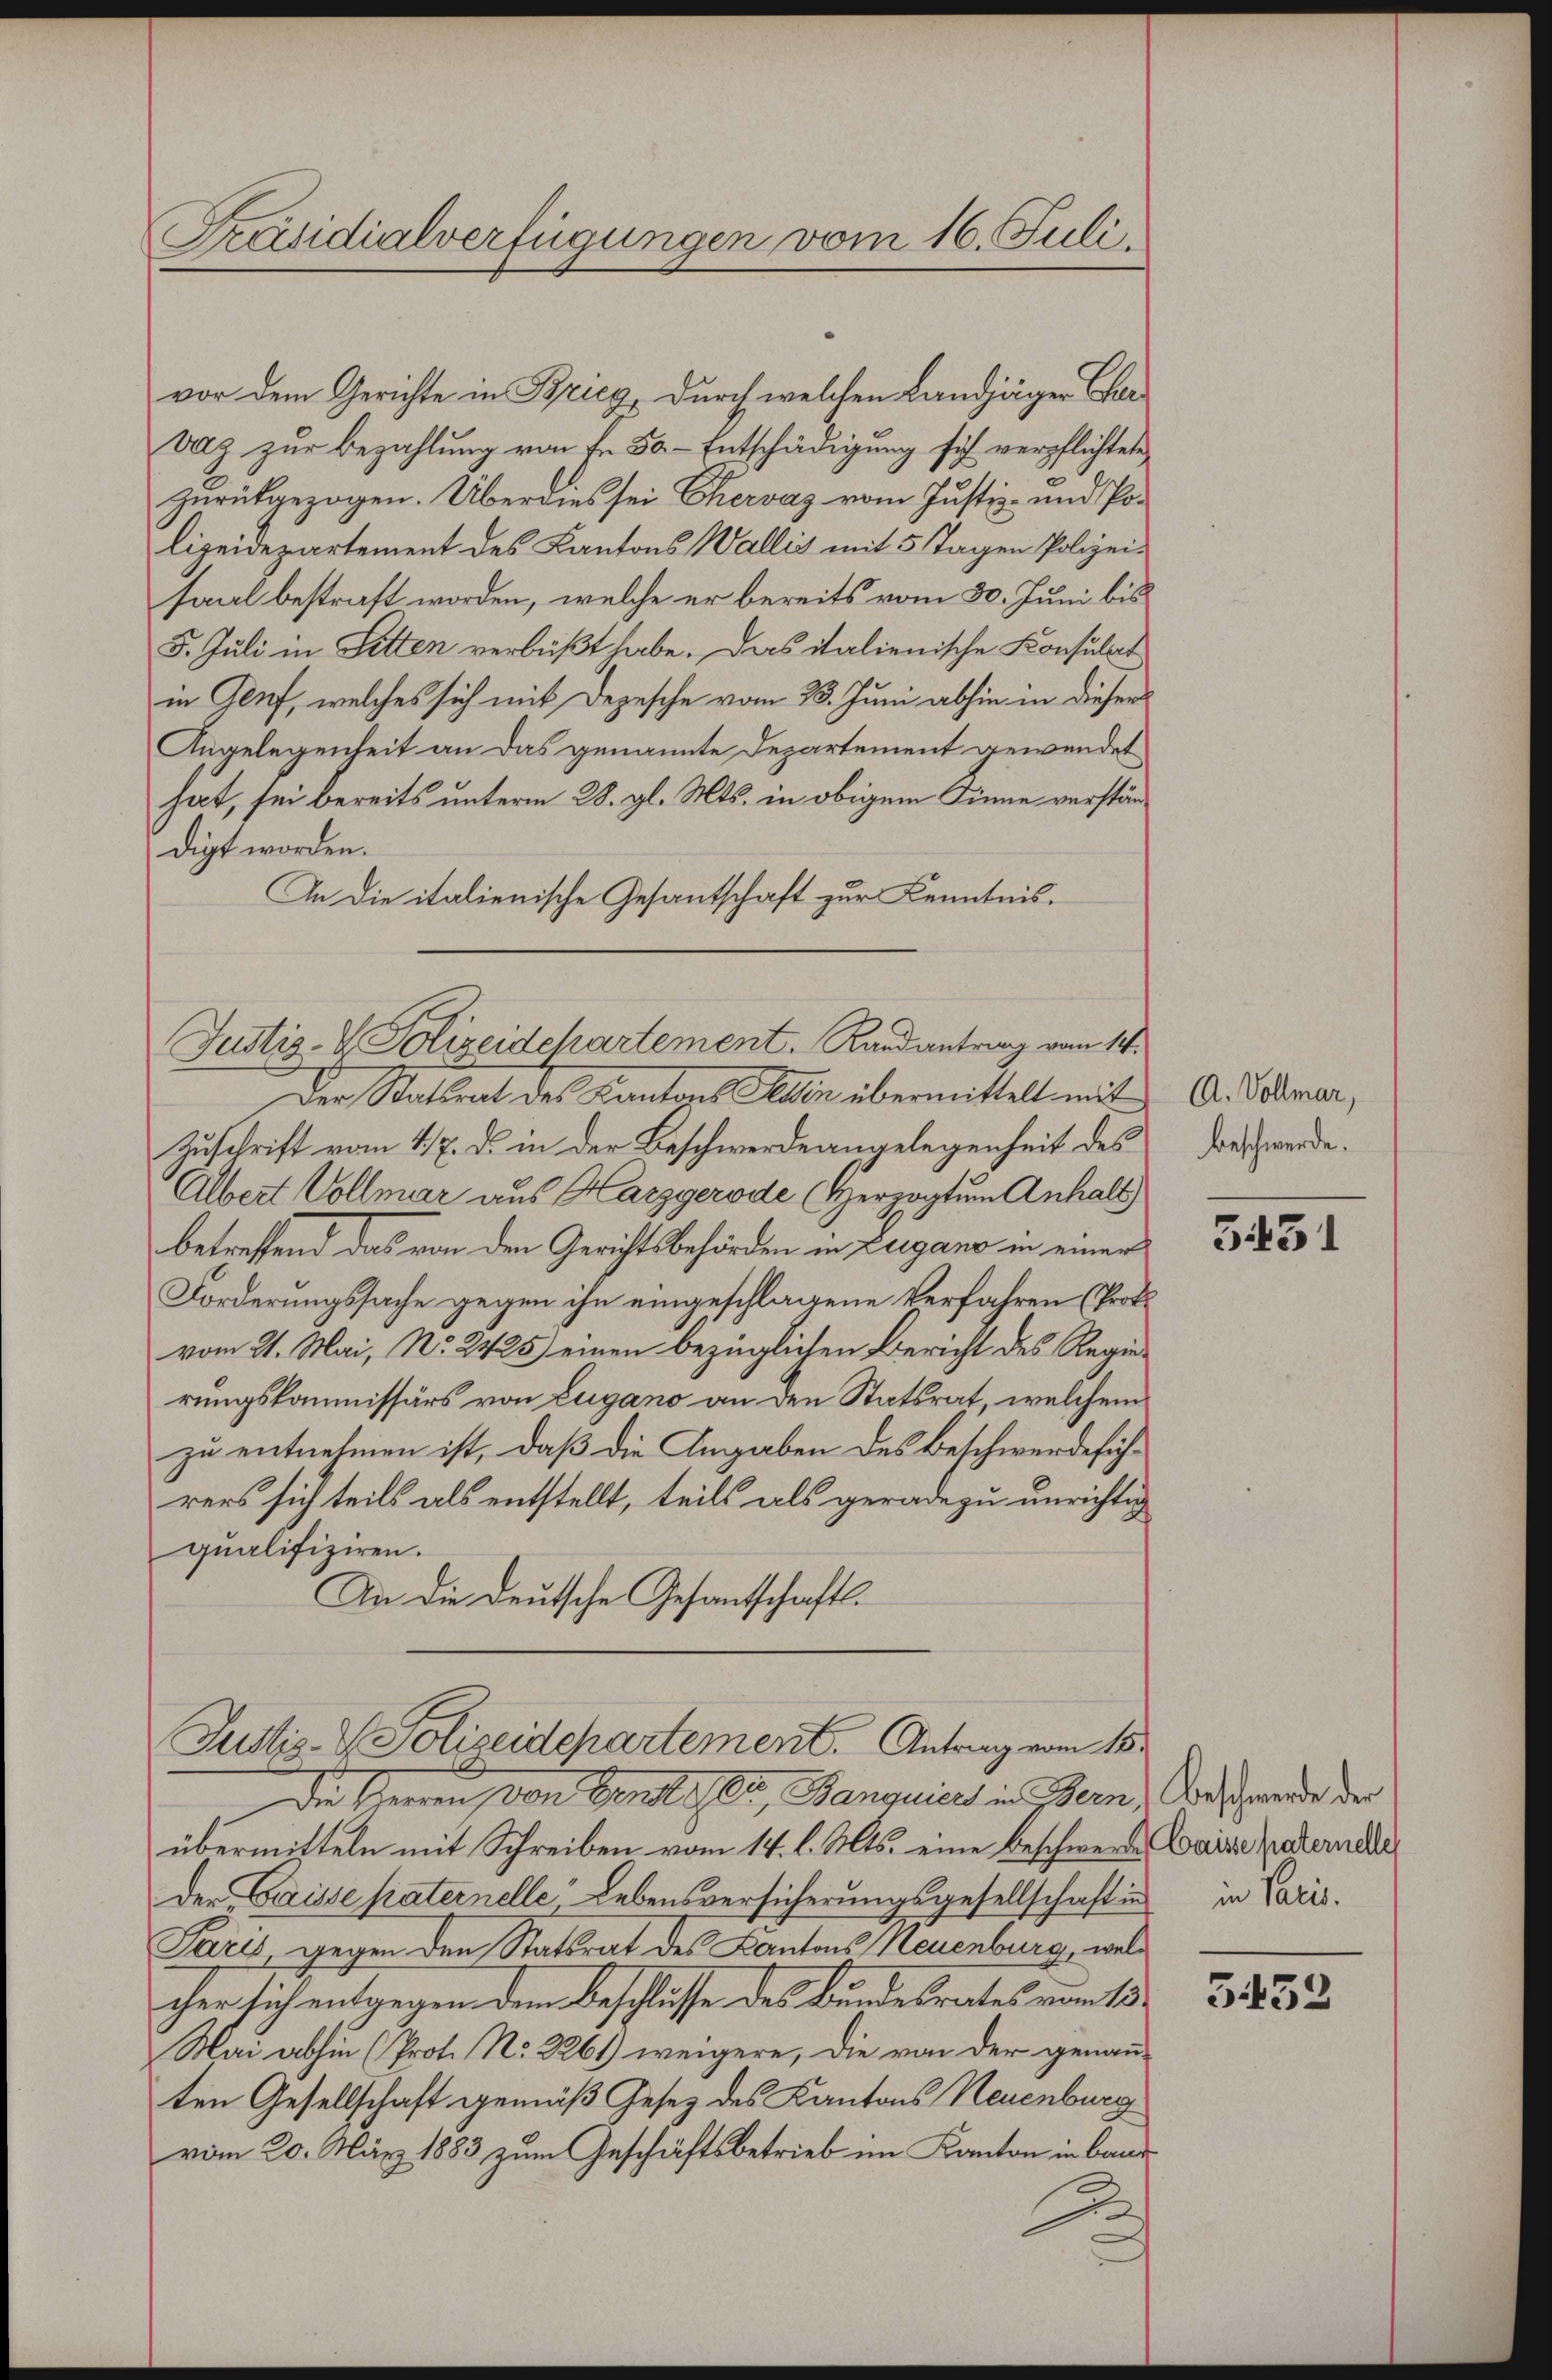
Präsidialverfügungen vom 16. Juli.

vor dem Gerichte in Bricy, durch welchen Landjäger Herbalg zur Bezahlung von Fr. 50. Entschädigung sich verpflichtete
Zurückgezogen. Überdies sei Chervaz vom Justiz- und Polizeidepartement des Kantons Wallis mit 5 Tagen Polizeisaal bestraft worden, welche er bereits vom 30. Juni bis
5. Juli in Sitten verbüßt habe. Das italienische Konsulat
in Genf, welches sich mit Depesche vom 23. Juni abhin in dieser
Angelegenheit an das genannte Departement gewendet
hat, sei bereits unterm 28. gl. Mts. in obigem Sinne verständigt worden.
An die italienische Gesantschaft zur Kenntnis.

Justiz- & Polizeidepartement. Randantrag vom 14.

Der Statsrat des Kantons Seiten übermittelt mit
Zuschrift vom 17. d. in der Beschwerde angelegenheit des
Albert Vollmar aus Harzgerode Herzogtum Anhalt
betreffend das von den Gerichtsbehörden in Zugano in einer
Forderungssache gegen ihn eingeschlagene Verfahren (Prok.
vom 21. Mai, No. 2425) einen bezüglichen Bericht des Regierungskommissärs von Lugano an den Statsrat, welchem
zu entnehmen ist, daß die Angaben des Beschwerdeführers sich teils als entstellt, teils als gerade zu unrichtig
qualifiziren.
An die deutsche Gesantschaft.

Justiz- & Polizeidepartement. Antrag vom 15.

Die Herren von Genosser, Banquier in Bern, Vorschwerde der
übermitteln mit Schreiben vom 14. l. Mts. eine Beschwerde eine Patern die
der Gaisse paternelle Lebensversicherungsgesellschaft in in Paris.
Paris, gegen den Statsrat des Kantons Neuenburg, welcher sich entgegen dem Beschlusse des Bundesrates vom 15
Mai abhin (Prot. No. 2261) weigere, die von der genann-
ten Gesellschaft gemäß Gesez des Kantons Neuenburg
vom 20. März 1883 zum Geschäftsbetrieb im Kanton in Band
.

A. Vollmar,
beschwerde.

3431

3452